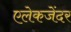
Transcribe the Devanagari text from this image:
एलेकजेंदर